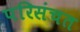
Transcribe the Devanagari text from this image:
परिसंचत